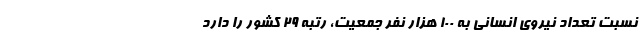
نسبت تعداد نیروی انسانی به ۱۰۰ هزار نفر جمعیت، رتبه ۲۹ کشور را دارد